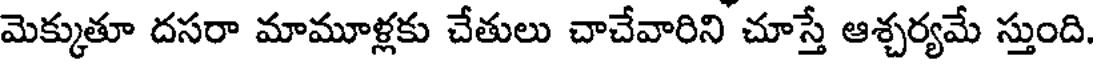
మెక్కుతూ దసరా మామూళ్లకు చేతులు చాచేవారిని చూస్తే ఆశ్చర్యమే స్తుంది